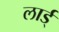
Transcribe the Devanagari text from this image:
लार्ड्‌